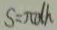
S = \pi d h